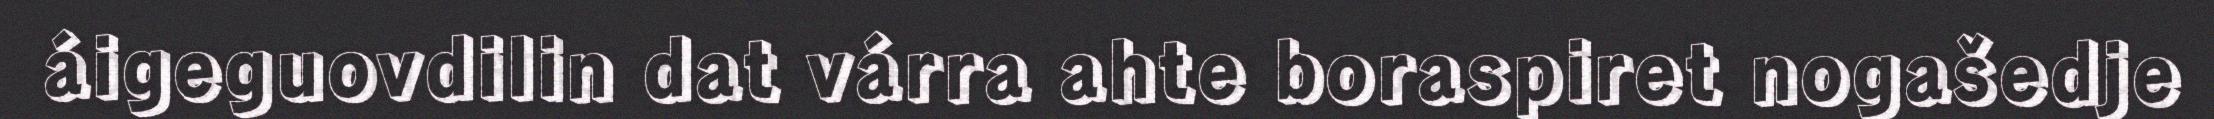
áigeguovdilin dat várra ahte boraspiret nogašedje